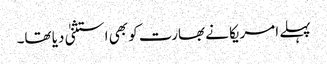
پہلے امریکا نے بھارت کو بھی استثنیٰ دیا تھا۔